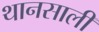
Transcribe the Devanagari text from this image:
थानसाली